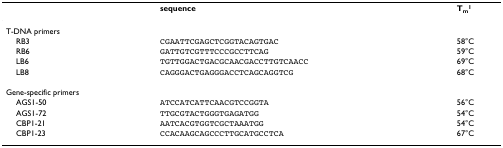
<table><thead><tr><td>[EMPTY_CELL]</td><td><b>sequence</b></td><td><b>T<sub>m</sub><sup>1</sup></b></td></tr></thead><tbody><tr><td>T-DNA primers</td><td>[EMPTY_CELL]</td><td>[EMPTY_CELL]</td></tr><tr><td> RB3</td><td>CGAATTCGAGCTCGGTACAGTGAC</td><td>58°C</td></tr><tr><td> RB6</td><td>GATTGTCGTTTCCCGCCTTCAG</td><td>59°C</td></tr><tr><td> LB6</td><td>TGTTGGACTGACGCAACGACCTTGTCAACC</td><td>69°C</td></tr><tr><td> LB8</td><td>CAGGGACTGAGGGACCTCAGCAGGTCG</td><td>68°C</td></tr><tr><td>Gene-specific primers</td><td>[EMPTY_CELL]</td><td>[EMPTY_CELL]</td></tr><tr><td> AGS1-50</td><td>ATCCATCATTCAACGTCCGGTA</td><td>56°C</td></tr><tr><td> AGS1-72</td><td>TTGCGTACTGGGTGAGATGG</td><td>54°C</td></tr><tr><td> CBP1-21</td><td>AATCACGTGGTCGCTAAATGG</td><td>54°C</td></tr><tr><td> CBP1-23</td><td>CCACAAGCAGCCCTTGCATGCCTCA</td><td>67°C</td></tr></tbody></table>